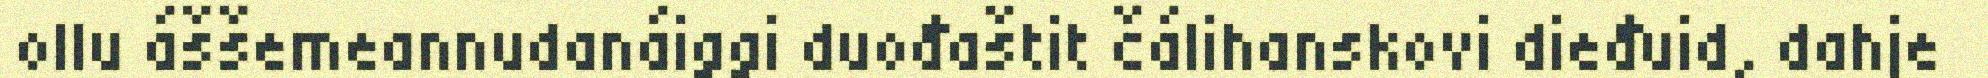
ollu áššemeannudanáiggi duođaštit čálihanskovi dieđuid, dahje